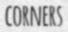
CORNERS